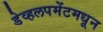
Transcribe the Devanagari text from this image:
डेव्हलपमेंटमधून